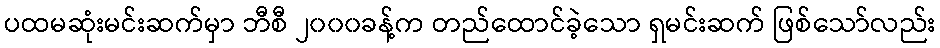
ပထမဆုံးမင်းဆက်မှာ ဘီစီ ၂၀၀၀ခန့်က တည်ထောင်ခဲ့သော ရှမင်းဆက် ဖြစ်သော်လည်း